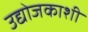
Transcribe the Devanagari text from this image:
उद्योजकाशी